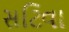
સટિવા